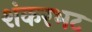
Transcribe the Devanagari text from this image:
शंकरभट